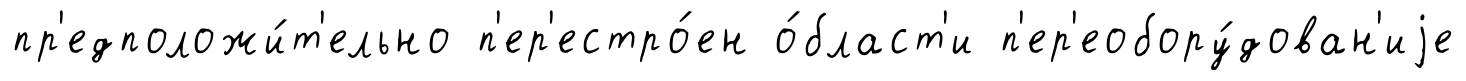
пр'едположи́т'ельно п'ер'естро́ен о́бласт'и п'ер'еобору́дован'иjе